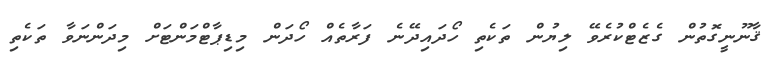
ޤާނޫނީގޮތުން ގެޒެޓްކުރެވޭ ލިޔުން ތަކެތި ހޯދައިދޭނެ ފަރާތެއް ހޯދަން މިޑިޕާޓްމަންޓަށް މިދަންނަވާ ތަކެތި